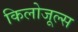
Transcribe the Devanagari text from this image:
किलोजूल्स